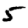
Digit: 5